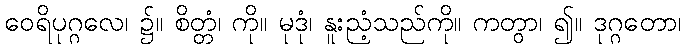
ဝေရိပုဂ္ဂလေ၊ ၌။ စိတ္တံ၊ ကို။ မုဒုံ၊ နူးညံ့သည်ကို။ ကတွာ၊ ၍။ ဒုဂ္ဂတော၊